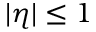
| \eta | \leq 1